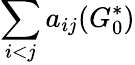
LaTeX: \sum_{i<j}a_{ij}(G_{0}^{*})